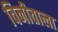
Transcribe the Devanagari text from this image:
विनीताला